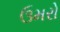
ઉમરો